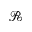
\mathcal { R }